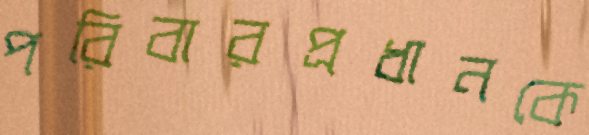
পরিবারপ্রধানকে